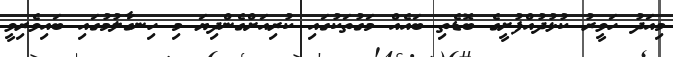
މިއަދު ހަވީރު ކުޅުދުއްފުށީގެ ބޮޑެތި ބައެއް މަގުތަކުގައި ކުރިއަށްގެންދިޔަ މި ހިނގާލުމުގައި ބައިވެރިވީ